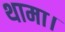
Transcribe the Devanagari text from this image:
थामा।